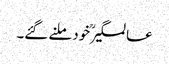
عالمگیرؒ خود ملنے گئے۔